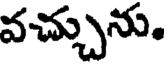
వచ్చును.